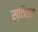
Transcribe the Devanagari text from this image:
स्तित्व